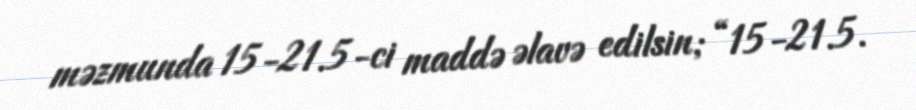
məzmunda 15-21.5-ci maddə əlavə edilsin; “15-21.5.